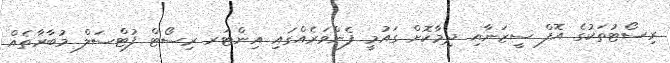
ރިސޯޓުތަކުގެ އޮފް ސީޒަނާއި ދިމާކޮށް ގައުމީ ފެންވަރެއްގައި އިންޓަރ ރިސޯޓް ފުޓްސަލް މުބާރާތެއް